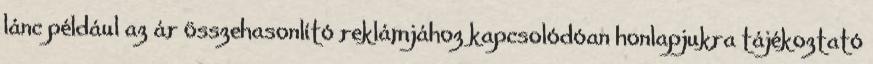
lánc például az ár összehasonlító reklámjához kapcsolódóan honlapjukra tájékoztató